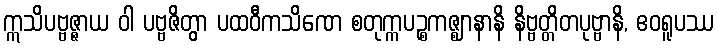
ဣသိပဗ္ဗဇ္ဇာယ ဝါ ပဗ္ဗဇိတွာ ပထဝီကသိဏေ စတုက္ကပဉ္စကဇ္ဈာနာနိ နိဗ္ဗတ္တိတပုဗ္ဗာနိ, ဧဝရူပဿ